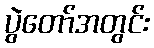
ပွဲတော်အတွင်း